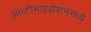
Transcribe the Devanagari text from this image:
ऑप्टीमाइझेशनमध्ये